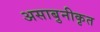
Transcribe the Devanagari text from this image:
असाबुनीकृत